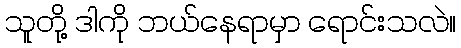
သူတို့ ဒါကို ဘယ်နေရာမှာ ရောင်းသလဲ။